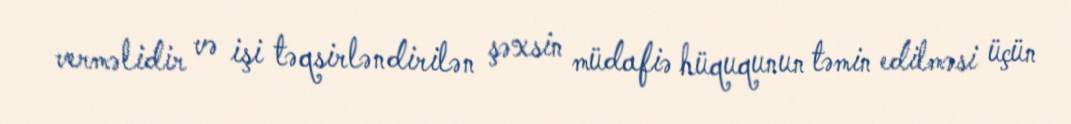
verməlidir və işi təqsirləndirilən şəxsin müdafiə hüququnun təmin edilməsi üçün